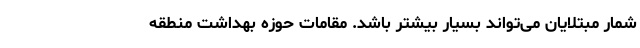
شمار مبتلایان می‌تواند بسیار بیشتر باشد. مقامات حوزه بهداشت منطقه